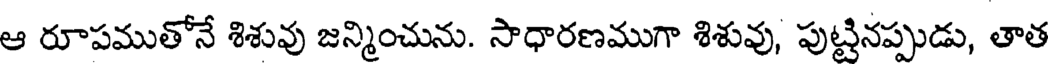
ఆ రూపముతోనే శిశువు జన్మించును. సాధారణముగా శిశువు, పుట్టినప్పుడు, తాత